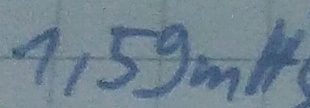
Text: 1,59mH